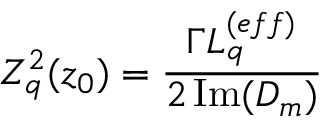
Z _ { q } ^ { 2 } ( z _ { 0 } ) = \cfrac { \Gamma L _ { q } ^ { ( e f f ) } } { 2 \operatorname { I m } ( D _ { m } ) }